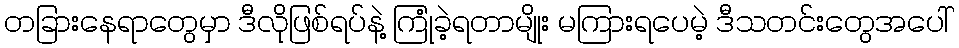
တခြားနေရာတွေမှာ ဒီလိုဖြစ်ရပ်နဲ့ ကြုံခဲ့ရတာမျိုး မကြားရပေမဲ့ ဒီသတင်းတွေအပေါ်